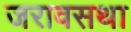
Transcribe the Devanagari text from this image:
जरावसथा